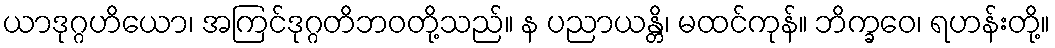
ယာဒုဂ္ဂဟိယော၊ အကြင်ဒုဂ္ဂတိဘဝတို့သည်။ န ပညာယန္တိ၊ မထင်ကုန်။ ဘိက္ခဝေ၊ ရဟန်းတို့။